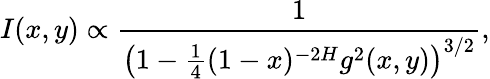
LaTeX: I(x,y)\propto\frac{1}{\left(1-\frac{1}{4}(1-x)^{-2H}g^{2}(x,y)\right)^{3/2}},